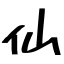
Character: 仙